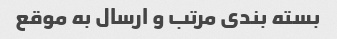
بسته بندی مرتب و ارسال به موقع